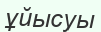
ұйысуы